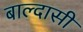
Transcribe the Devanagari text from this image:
बाल्दासी